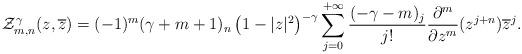
LaTeX: \begin{align*}\mathcal{Z}_{m,n}^{\gamma}(z,\overline{z})= {(-1)^{m}(\gamma+m+1)_{n}} \left(1-|{z}|^{2}\right)^{-\gamma}\sum_{j=0}^{+\infty}\dfrac{(-\gamma-m)_{j}}{j!}\dfrac{\partial^{m}}{\partial z^{m}}(z^{j+n}) {\overline{z}^{j}} .\end{align*}